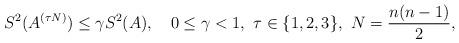
LaTeX: \begin{align*}S^{2}(A^{(\tau N)})\leq\gamma S^{2}(A), \quad0\leq\gamma<1, \ \tau\in\{1,2,3\}, \ N=\frac{n(n-1)}{2},\end{align*}